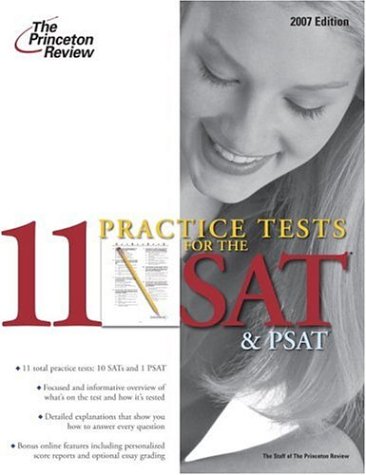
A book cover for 11 Practice Tests for the SAT and PSAT, 2007 (College Test Preparation); Princeton Review; Test Preparation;